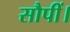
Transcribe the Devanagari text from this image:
सौपीं।